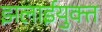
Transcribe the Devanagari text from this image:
झलाईयुक्त